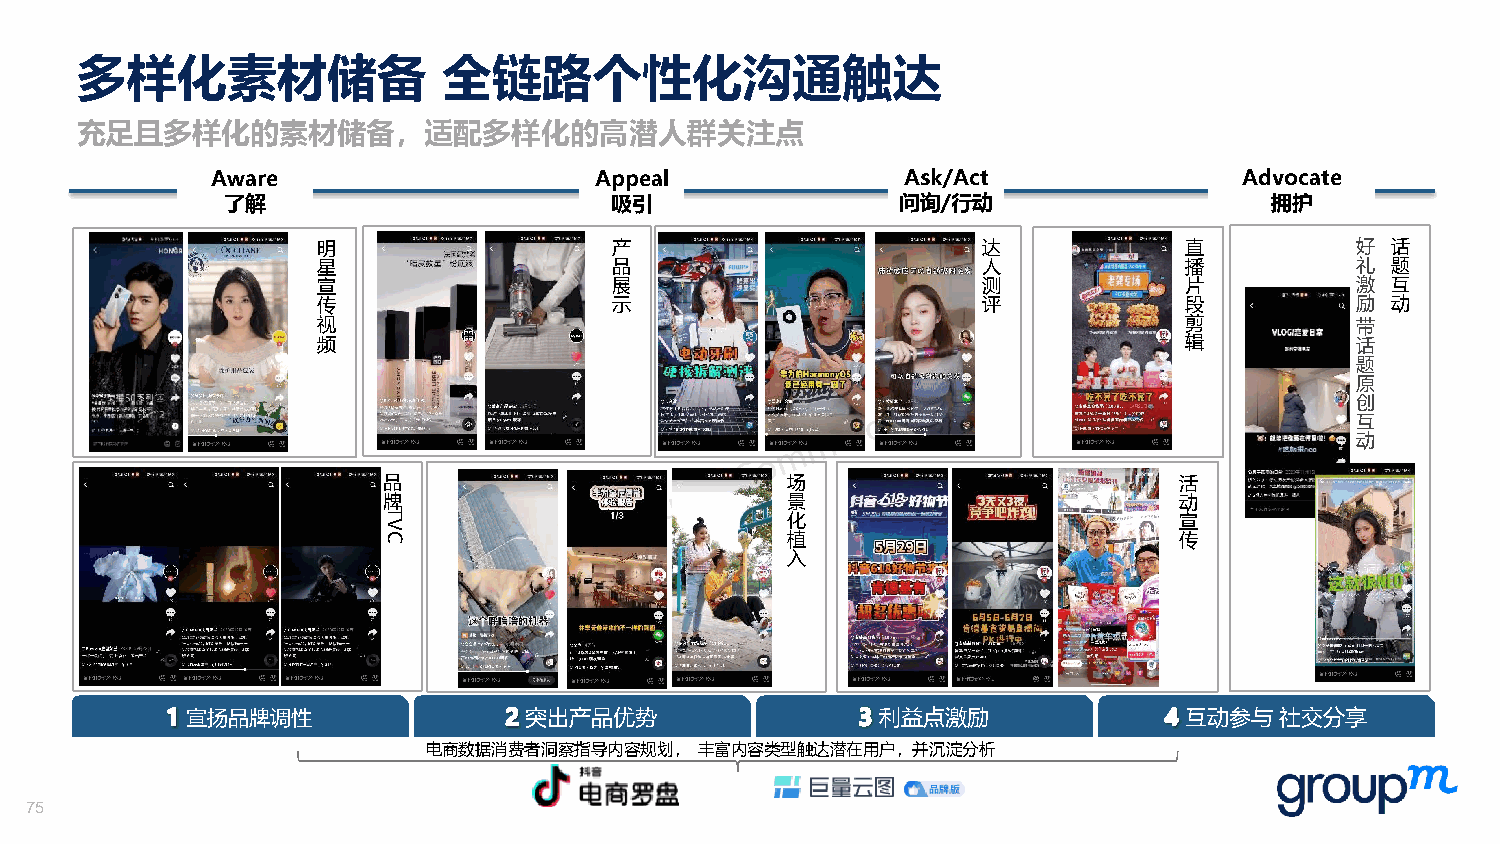
多样化素材储备                 全链路个性化沟通触达
 充足且多样化的素材储备，适配多样化的高潜人群关注点
 Aware                    Appeal               Ask/Act               Advocate
 了解                       吸引                  问询/行动                   拥护
 明                   产                       达            直           好 话
 星                   品                       人            播           礼 题
 宣                   展                       测            片           激 互
 传                   示                       评            段           励 动
 视                                                        剪           带
 频                                                        辑           话
 题
 原
 创
 互
 动
 品                          场                         活
 牌                          景                         动
 VT                         化                         宣
 C                          植                         传
 入
 宣扬品牌调性                 突出产品优势                 利益点激励               互动参与社交分享
 电商数据消费者洞察指导内容规划，  丰富内容类型触达潜在用户，并沉淀分析
 75